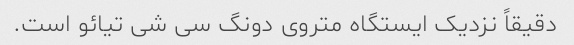
دقیقاً نزدیک ایستگاه متروی دونگ سی شی تیائو است.